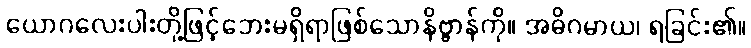
ယောဂလေးပါးတို့ဖြင့်ဘေးမရှိရာဖြစ်သောနိဗ္ဗာန်ကို။ အဓိဂမာယ၊ ရခြင်း၏။